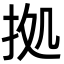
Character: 拠